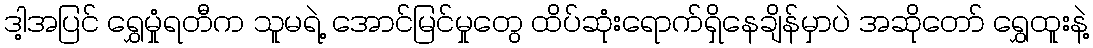
ဒါ့အပြင် ရွှေမှုံရတီက သူမရဲ့ အောင်မြင်မှုတွေ ထိပ်ဆုံးရောက်ရှိနေချိန်မှာပဲ အဆိုတော် ရွှေထူးနဲ့